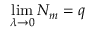
\operatorname* { l i m } _ { \lambda \to 0 } { \cal N } _ { m } = q